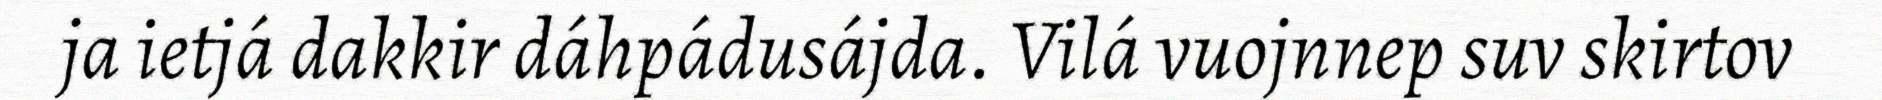
ja ietjá dakkir dáhpádusájda. Vilá vuojnnep suv skirtov